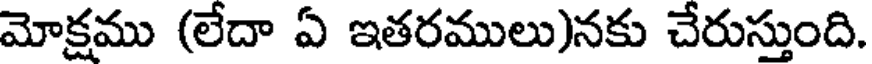
మోక్షము (లేదా ఏ ఇతరములు)నకు చేరుస్తుంది.